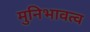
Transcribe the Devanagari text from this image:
मुनिभावत्व